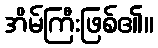
အိမ်ကြီးဖြစ်၏။